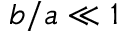
b / a \ll 1